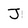
Character: J